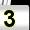
Digit: 3